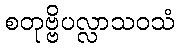
စတုဗ္ဗိပလ္လာသဝသံ